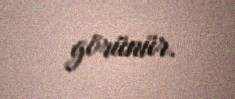
görünür.